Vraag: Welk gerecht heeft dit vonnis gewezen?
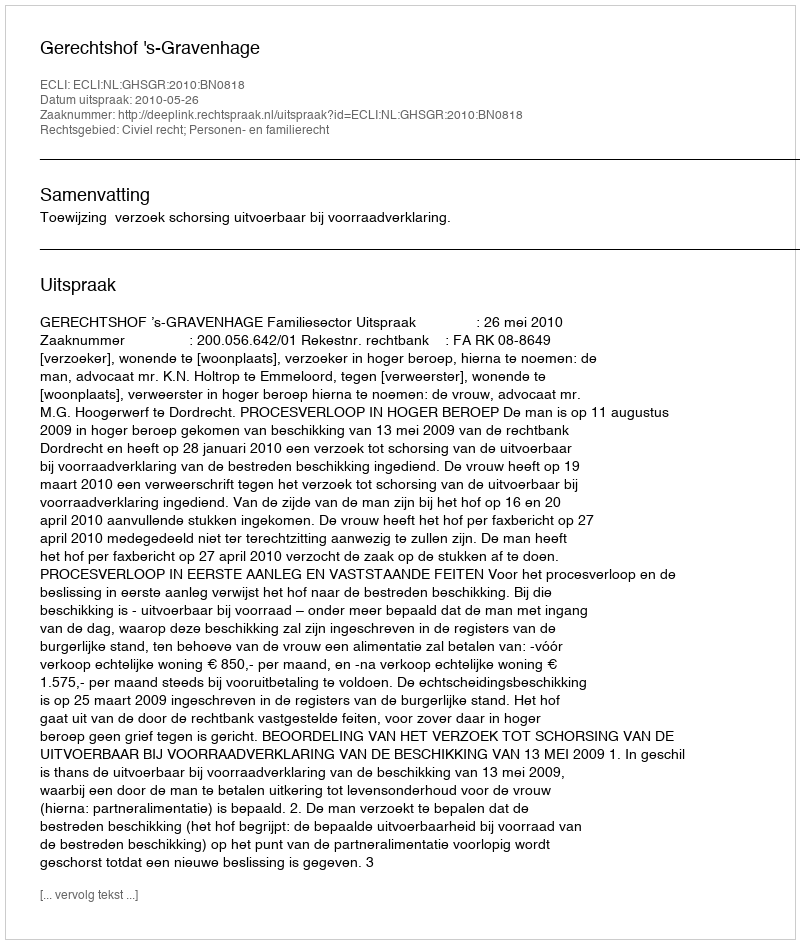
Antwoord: Gerechtshof 's-Gravenhage